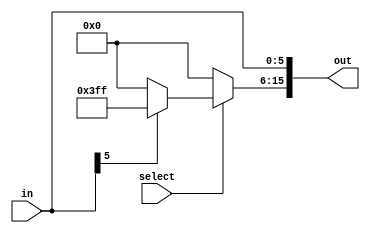
`ifndef __EXT01_V
`define __EXT01_V


module ext01( in, out, select);
	input [5:0] in;
	output [15:0] out;
	input select;
	assign out[5:0]= in;
	assign out[15:6]= select? ((in[5]==0) ? 10'b0 : 10'b1111111111) : 10'b0;
endmodule 

`endif // __EXT01_V